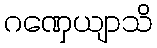
ဂဏှေယျာသိ